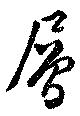
層